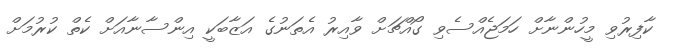
ކާފިރުވި މީހުންނާށް ހަމަޖެއްސެވި ގޯއްޗަށް ވާއިރު އެތަނުގެ އަޒާބަކީ އިންސާނާއަށް ކެތް ކުރުމަށް